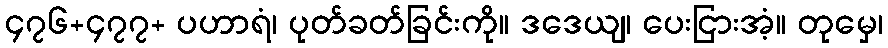
၄၇၆+၄၇၇+ ပဟာရံ၊ ပုတ်ခတ်ခြင်းကို။ ဒဒေယျ၊ ပေးငြားအံ့။ တုမှေ၊